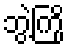
ဘွဲ့ကြို